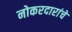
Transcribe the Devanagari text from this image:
नोकरदारांचे